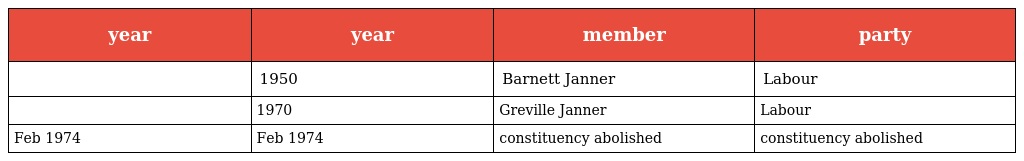
| year | year | member | party |
 | --- | --- | --- | --- |
 |  | 1950 | Barnett Janner | Labour |
 |  | 1970 | Greville Janner | Labour |
 | Feb 1974 | Feb 1974 | constituency abolished | constituency abolished |